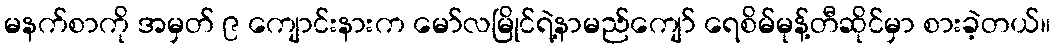
မနက်စာကို အမှတ် ၉ ကျောင်းနားက မော်လမြိုင်ရဲ့နာမည်ကျော် ရေစိမ်မုန့်တီဆိုင်မှာ စားခဲ့တယ်။